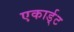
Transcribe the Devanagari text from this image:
एकार्ड्‌ट